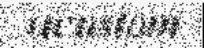
acustom